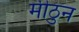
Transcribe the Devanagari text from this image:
मीठुन